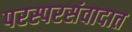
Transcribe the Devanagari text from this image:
परस्परसंवादात